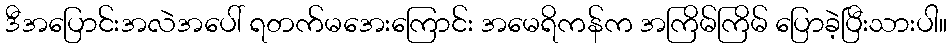
ဒီအပြောင်းအလဲအပေါ် ရတက်မအေးကြောင်း အမေရိကန်က အကြိမ်ကြိမ် ပြောခဲ့ပြီးသားပါ။